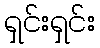
ရှင်းရှင်း